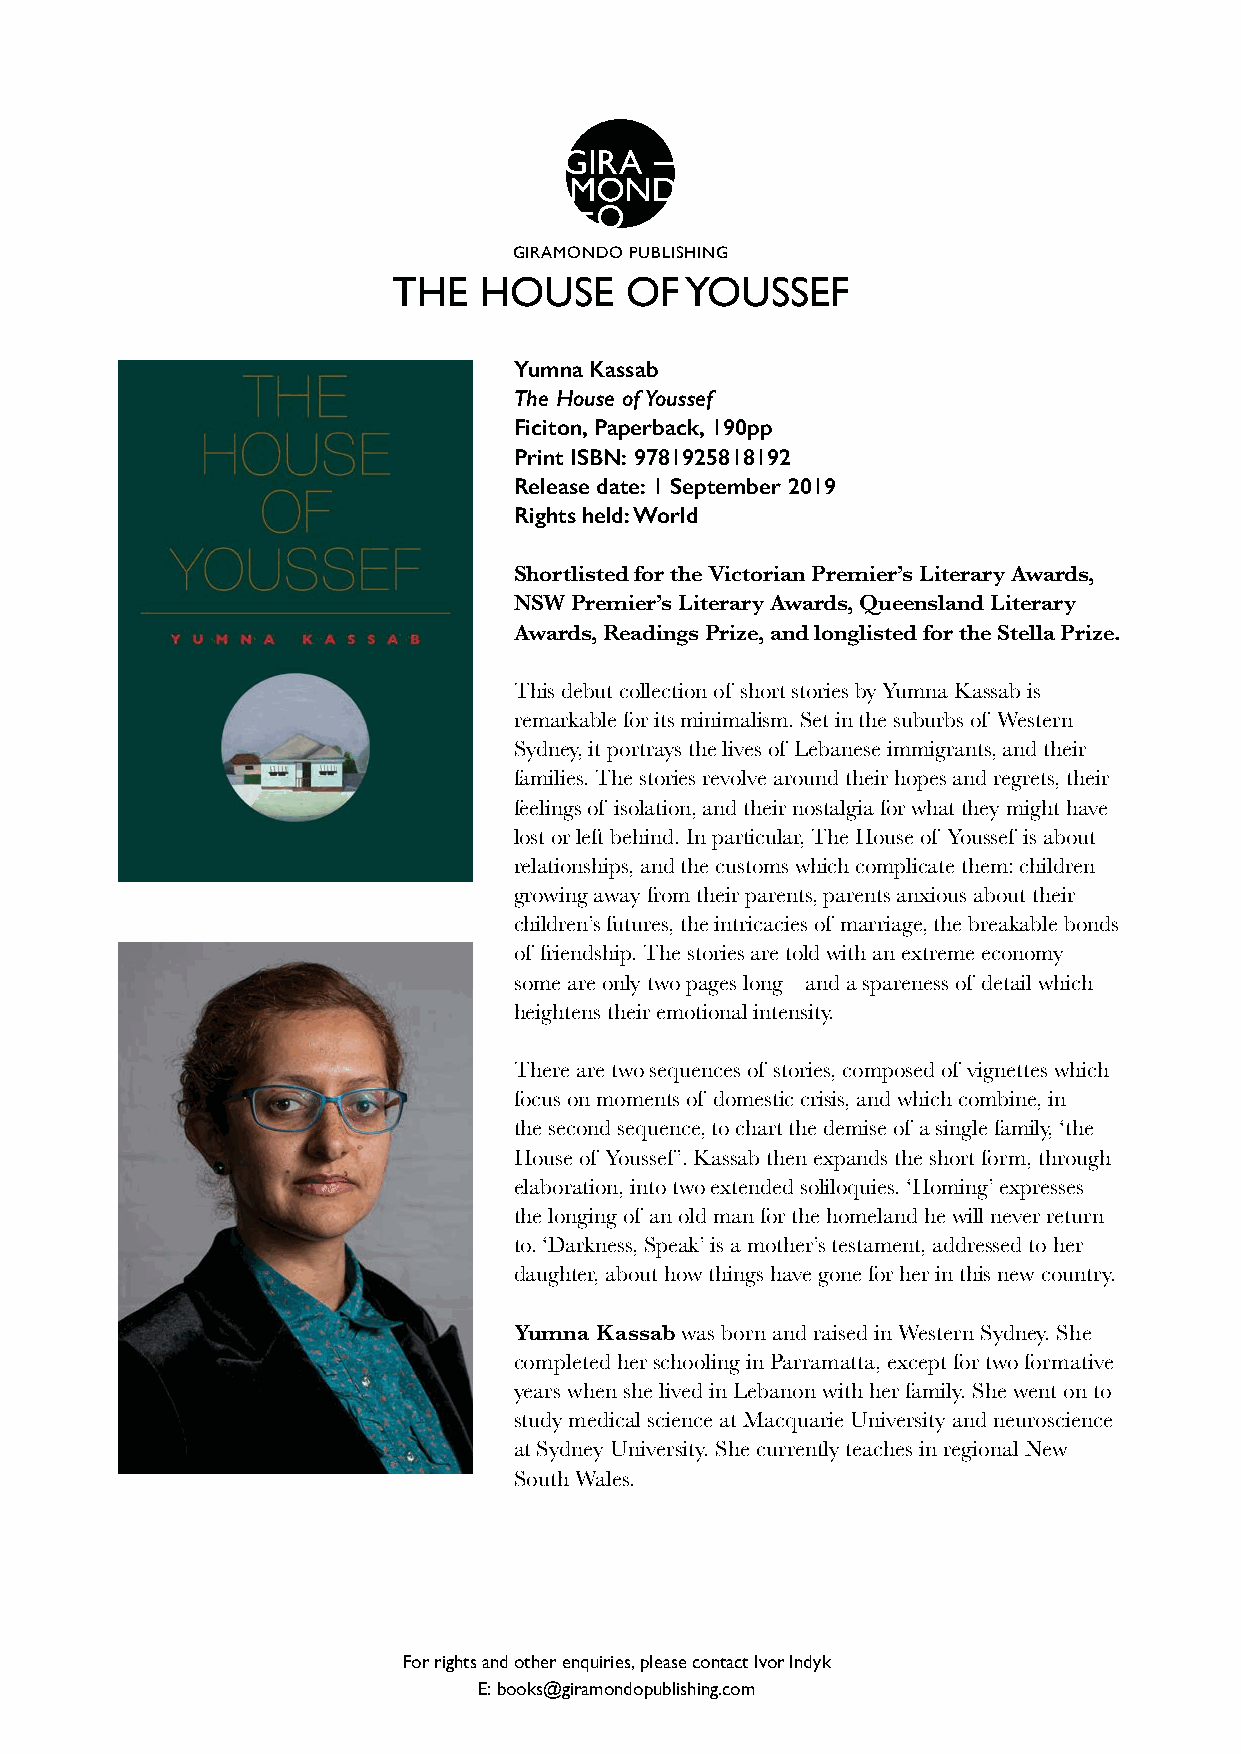
GIRAMONDO PUBLISHING
 THE   HOUSE    OF  YOUSSEF
 Yumna Kassab
 The House of Youssef
 Ficiton, Paperback, 190pp
 Print ISBN: 9781925818192
 Release date: 1 September 2019
 Rights held: World
 Shortlisted for the Victorian Premier’s Literary Awards,
 NSW Premier’s Literary Awards, Queensland Literary
 Awards, Readings Prize, and longlisted for the Stella Prize.
 This debut collection of short stories by Yumna Kassab is
 remarkable for its minimalism. Set in the suburbs of Western
 Sydney, it portrays the lives of Lebanese immigrants, and their
 families. The stories revolve around their hopes and regrets, their
 feelings of isolation, and their nostalgia for what they might have
 lost or left behind. In particular, The House of Youssef is about
 relationships, and the customs which complicate them: children
 growing away from their parents, parents anxious about their
 children’s futures, the intricacies of marriage, the breakable bonds
 of friendship. The stories are told with an extreme economy –
 some are only two pages long – and a spareness of detail which
 heightens their emotional intensity.
 There are two sequences of stories, composed of vignettes which
 focus on moments of domestic crisis, and which combine, in
 the second sequence, to chart the demise of a single family, ‘the
 House of Youssef’. Kassab then expands the short form, through
 elaboration, into two extended soliloquies. ‘Homing’ expresses
 the longing of an old man for the homeland he will never return
 to. ‘Darkness, Speak’ is a mother’s testament, addressed to her
 daughter, about how things have gone for her in this new country.
 Yumna Kassab was born and raised in Western Sydney. She
 completed her schooling in Parramatta, except for two formative
 years when she lived in Lebanon with her family. She went on to
 study medical science at Macquarie University and neuroscience
 at Sydney University. She currently teaches in regional New
 South Wales.
 For rights and other enquiries, please contact Ivor Indyk
 E: books@giramondopublishing.com